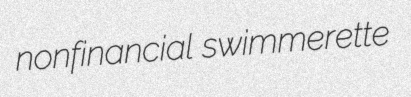
nonfinancial swimmerette